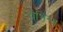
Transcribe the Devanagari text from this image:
वैभिन्य